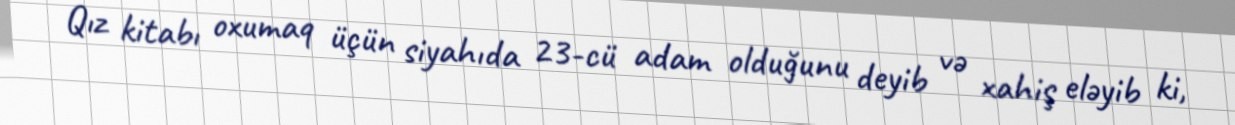
Qız kitabı oxumaq üçün siyahıda 23-cü adam olduğunu deyib və xahiş eləyib ki,